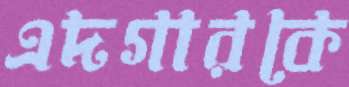
এদগারকে